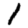
Digit: 1